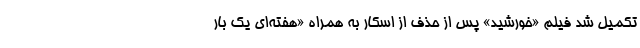
تکمیل شد فیلم «خورشید» پس از حذف از اسکار به همراه «هفته‌ای یک بار